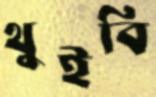
থুইবি